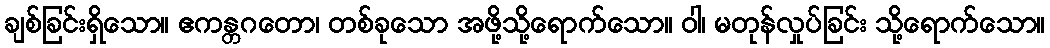
ချစ်ခြင်းရှိသော။ ဧကန္တဂတော၊ တစ်ခုသော အဖို့သို့ရောက်သော။ ဝါ၊ မတုန်လှုပ်ခြင်း သို့ရောက်သော။